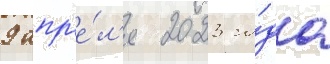
9 апр'е́л'я 2023 го́да